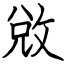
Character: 敓